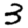
Digit: 3